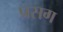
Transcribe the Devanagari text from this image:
प्रसग